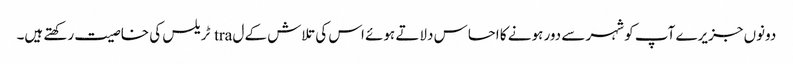
دونوں جزیرے آپ کو شہر سے دور ہونے کا احساس دلاتے ہوئے اس کی تلاش کے ل tra ٹریلس کی خاصیت رکھتے ہیں۔